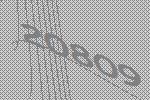
20809